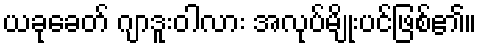
ယခုခေတ် ဂျာဒူးဝါလား အလုပ်မျိုးပင်ဖြစ်၏။